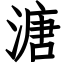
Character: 溏